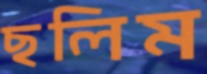
ছলিম